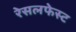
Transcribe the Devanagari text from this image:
रेसलफेस्ट